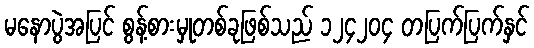
မနောပွဲအပြင် စွန့်စားမှုတစ်ခုဖြစ်သည် ၁၂၄၂၀၄ တပြက်ပြက်နှင်